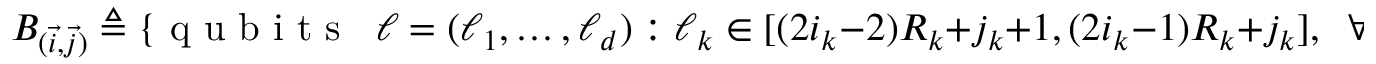
B _ { ( \vec { i } , \vec { j } ) } \triangleq \{ \mathrm { ~ q ~ u ~ b ~ i ~ t ~ s ~ } \; \; \ell = ( \ell _ { 1 } , \dots , \ell _ { d } ) : \ell _ { k } \in [ ( 2 i _ { k } - 2 ) R _ { k } + j _ { k } + 1 , ( 2 i _ { k } - 1 ) R _ { k } + j _ { k } ] , \; \; \forall k \in \{ 1 , \dots , d \} \} ,